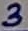
Text: 3